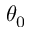
\theta _ { 0 }